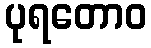
ပုရတောဝ